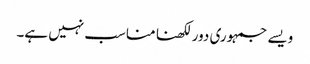
ویسے جمہوری دور لکھنا مناسب نہیں ہے۔